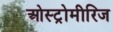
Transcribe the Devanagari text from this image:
ओस्ट्रोमीरिज